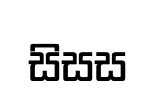
සිසස